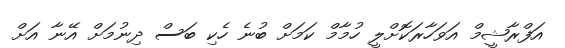
އަފްރާޝީމް އަވަހާރަކޮށްލީ ހުމާމް ކަމަށް ބުނެ ހެކި ބަސް ދިނުމަށް އޭނާ އަށް